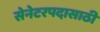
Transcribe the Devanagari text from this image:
सेनेटरपदासाठी